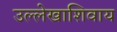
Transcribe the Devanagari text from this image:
उल्लेखाशिवाय